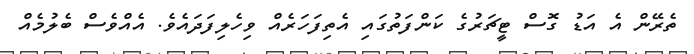
ތެރޭން އެ އަޑު ގޮސް ޓީޗަރުގެ ކަންފަތުގައި އެތިފަހަރެއް ވިހެލިފަދައެވެ. އެއްވެސް ބެލުމެއް